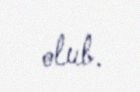
olub.